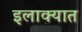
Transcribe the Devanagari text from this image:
इलाक्यात